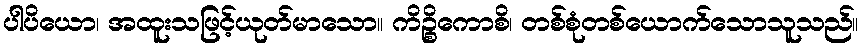
ပါပိယော၊ အထူးသဖြင့်ယုတ်မာသော။ ကိဉ္စိကောစိ၊ တစ်စုံတစ်ယောက်သောသူသည်။